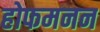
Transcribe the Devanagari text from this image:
होफमनन